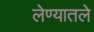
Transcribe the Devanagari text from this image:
लेण्यातले